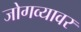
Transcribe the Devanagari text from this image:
जोगव्यावर